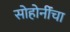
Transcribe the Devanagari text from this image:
सोहोनींंचा